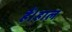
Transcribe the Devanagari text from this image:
हैं।हाल